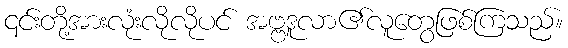
၎င်းတို့အားလုံးလိုလိုပင် အဗ္ဗဒူလာ၏လူတွေဖြစ်ကြသည်။